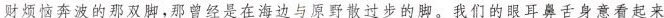
财烦恼奔波的那双脚，那曾经是在海边与原野散过步的脚。我们的眼耳鼻舌身意看起来